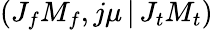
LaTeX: \left(J_{f}M_{f},j\mu\, |\, J_{t}M_{t}\right)